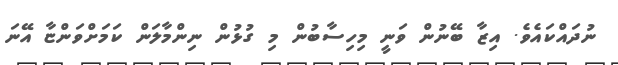
ނުދައްކައެވެ. އިޒާ ބޭނުން ވަނީ މިހިސާބުން މި ގުޅުން ނިންމާލަން ކަމަށްވަންޏާ އޭނަ